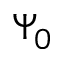
\Psi _ { 0 }